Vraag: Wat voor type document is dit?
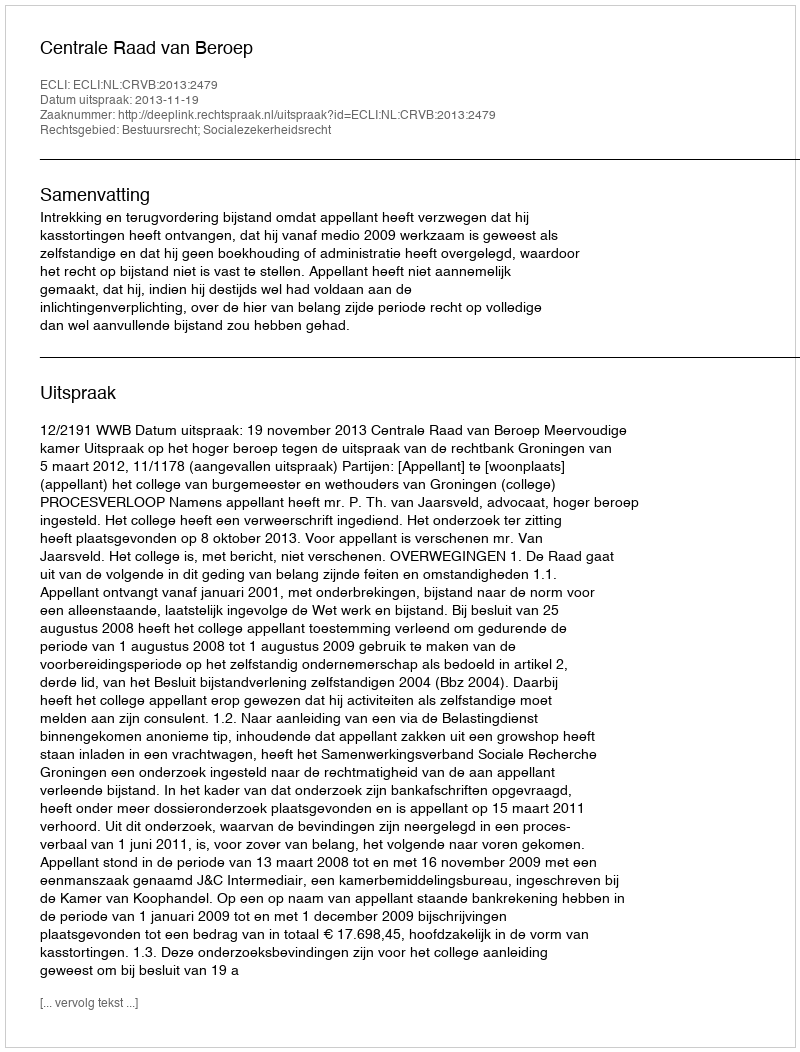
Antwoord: Uitspraak